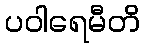
ပဝါရေမီတိ